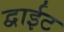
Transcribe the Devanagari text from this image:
द्वाईट